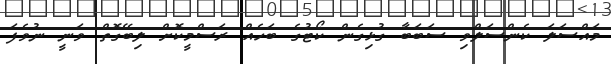
މައްސަލަ ކެންސަލްވި ސަބަބާ ގުޅިގެން ކޯޓުގެ ބަހެއް ރަސްމީކޮށް ލިބޭގޮތް ވަނީ ނުވެފަ